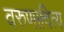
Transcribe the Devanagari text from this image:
वरुणादित्य